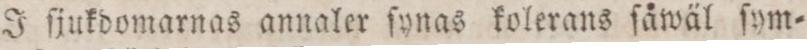
J ſjukdomarnas annaler ſynas kolerans ſåwäl ſym=